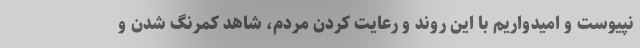
نپیوست و امیدواریم با این روند و رعایت کردن مردم، شاهد کمرنگ شدن و